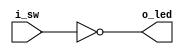
module buttontoled (i_sw, o_led);

    input wire i_sw ; 
    output reg o_led;
    always @* //this needs to be done becouse the button acts as a clock source ( a slow one that is )
    begin
         o_led =  ~i_sw ;//connects the led to the switch 
    end  

endmodule